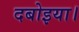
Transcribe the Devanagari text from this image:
दबोइया।